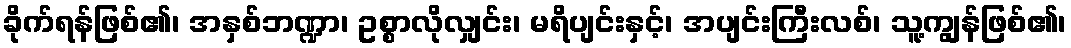
ခိုက်ရန်ဖြစ်၏၊ အနှစ်ဘဏ္ဍာ၊ ဥစ္စာလိုလျှင်း၊ မရိပျင်းနှင့်၊ အပျင်းကြီးလစ်၊ သူ့ကျွန်ဖြစ်၏၊